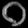
Digit: ၀